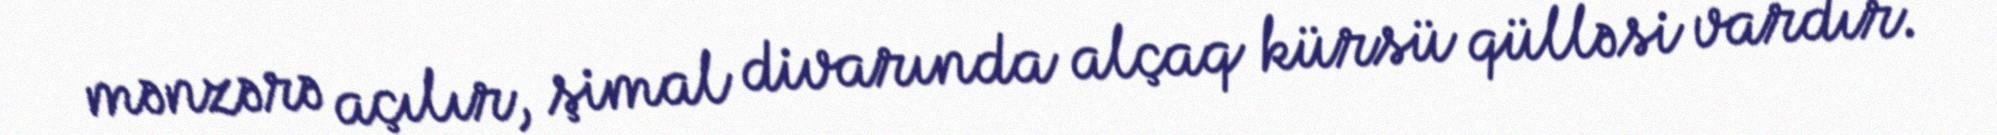
mənzərə açılır, şimal divarında alçaq kürsü qülləsi vardır.